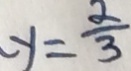
y = \frac { 2 } { 3 }